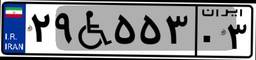
۱۳W۷۵۳۱۵